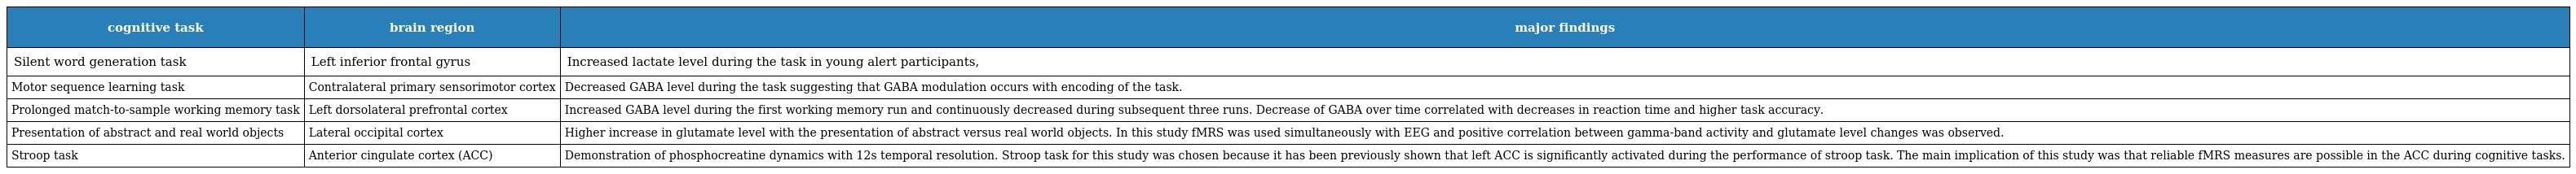
| cognitive task | brain region | major findings |
 | --- | --- | --- |
 | Silent word generation task | Left inferior frontal gyrus | Increased lactate level during the task in young alert participants, |
 | Motor sequence learning task | Contralateral primary sensorimotor cortex | Decreased GABA level during the task suggesting that GABA modulation occurs with encoding of the task. |
 | Prolonged match-to-sample working memory task | Left dorsolateral prefrontal cortex | Increased GABA level during the first working memory run and continuously decreased during subsequent three runs. Decrease of GABA over time correlated with decreases in reaction time and higher task accuracy. |
 | Presentation of abstract and real world objects | Lateral occipital cortex | Higher increase in glutamate level with the presentation of abstract versus real world objects. In this study fMRS was used simultaneously with EEG and positive correlation between gamma-band activity and glutamate level changes was observed. |
 | Stroop task | Anterior cingulate cortex (ACC) | Demonstration of phosphocreatine dynamics with 12s temporal resolution. Stroop task for this study was chosen because it has been previously shown that left ACC is significantly activated during the performance of stroop task. The main implication of this study was that reliable fMRS measures are possible in the ACC during cognitive tasks. |